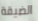
الضيقة